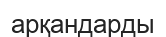
арқандарды